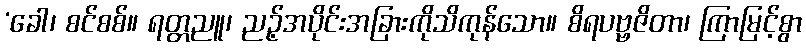
‘ခေါ၊ စင်စစ်။ ရတ္တညူ၊ ညဉ့်အပိုင်းအခြားကိုသိကုန်သော။ စိရပဗ္ဗဇိတာ၊ ကြာမြင့်စွာ